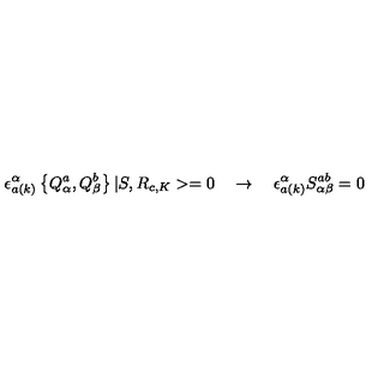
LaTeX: \epsilon _ { a ( k ) } ^ { \alpha } \left\{ Q _ { \alpha } ^ { a } , Q _ { \beta } ^ { b } \right\} | S , R _ { c , K } > = 0 \quad \rightarrow \quad \epsilon _ { a ( k ) } ^ { \alpha } S _ { \alpha \beta } ^ { a b } = 0